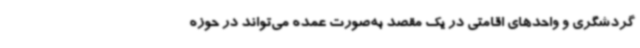
گردشگری و واحدهای اقامتی در یک مقصد به‌صورت عمده می‌تواند در حوزه